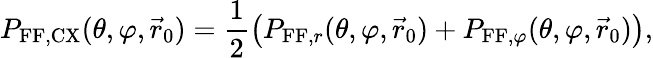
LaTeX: P_{\mathrm{FF,CX}}(\theta,\varphi,\vec{r}_{0})=\frac{1}{2}\left(P_{\mathrm{FF},r}(\theta,\varphi,\vec{r}_{0})+P_{\mathrm{FF},\varphi}(\theta,\varphi,\vec{r}_{0})\right),